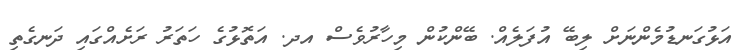
އަޅުގަނޑުމެންނަށް ލިބޭ އުފަލެއް. ބޭންކުން މިހާރުވެސް އދ. އަތޮޅުގެ ހަތަރު ރަށެއްގައި ދަނގެތި